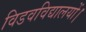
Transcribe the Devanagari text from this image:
विडवविद्यालयों।